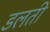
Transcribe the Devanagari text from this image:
डलती